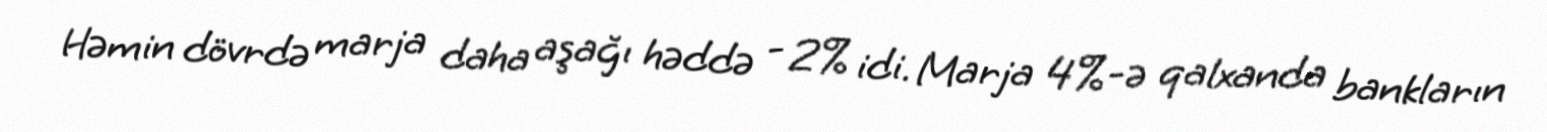
Həmin dövrdə marja daha aşağı həddə - 2% idi. Marja 4%-ə qalxanda bankların